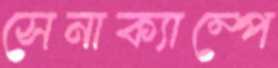
সেনাক্যাম্পে